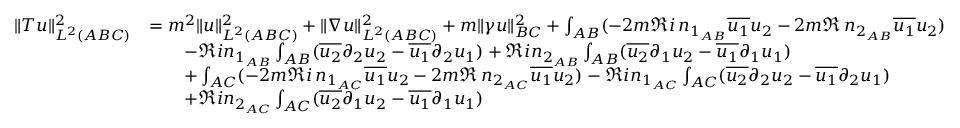
\begin{array} { r l } { \| T u \| _ { L ^ { 2 } ( A B C ) } ^ { 2 } } & { = m ^ { 2 } \| u \| _ { L ^ { 2 } ( A B C ) } ^ { 2 } + \| \nabla u \| _ { L ^ { 2 } ( A B C ) } ^ { 2 } + m \| \gamma u \| _ { B C } ^ { 2 } + \int _ { A B } ( - 2 m \Re i \, n _ { 1 _ { A B } } \overline { { u _ { 1 } } } u _ { 2 } - 2 m \Re \, n _ { 2 _ { A B } } \overline { { u _ { 1 } } } u _ { 2 } ) } \\ & { \qquad - \Re i n _ { 1 _ { A B } } \int _ { A B } ( \overline { { u _ { 2 } } } \partial _ { 2 } u _ { 2 } - \overline { { u _ { 1 } } } \partial _ { 2 } u _ { 1 } ) + \Re i n _ { 2 _ { A B } } \int _ { A B } ( \overline { { u _ { 2 } } } \partial _ { 1 } u _ { 2 } - \overline { { u _ { 1 } } } \partial _ { 1 } u _ { 1 } ) } \\ & { \qquad + \int _ { A C } ( - 2 m \Re i \, n _ { 1 _ { A C } } \overline { { u _ { 1 } } } u _ { 2 } - 2 m \Re \, n _ { 2 _ { A C } } \overline { { u _ { 1 } } } u _ { 2 } ) - \Re i n _ { 1 _ { A C } } \int _ { A C } ( \overline { { u _ { 2 } } } \partial _ { 2 } u _ { 2 } - \overline { { u _ { 1 } } } \partial _ { 2 } u _ { 1 } ) } \\ & { \qquad + \Re i n _ { 2 _ { A C } } \int _ { A C } ( \overline { { u _ { 2 } } } \partial _ { 1 } u _ { 2 } - \overline { { u _ { 1 } } } \partial _ { 1 } u _ { 1 } ) } \end{array}